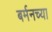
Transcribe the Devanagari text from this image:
बर्मनच्या